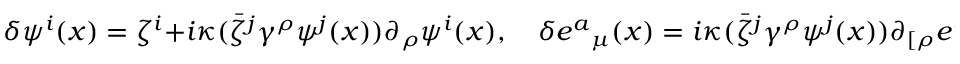
\delta \psi ^ { i } ( x ) = \zeta ^ { i } + i \kappa ( \bar { \zeta } ^ { j } { \gamma } ^ { \rho } \psi ^ { j } ( x ) ) \partial _ { \rho } \psi ^ { i } ( x ) , \quad \delta { e ^ { a } } _ { \mu } ( x ) = i \kappa ( \bar { \zeta } ^ { j } { \gamma } ^ { \rho } \psi ^ { j } ( x ) ) \partial _ { [ \rho } { e ^ { a } } _ { \mu ] } ( x ) ,